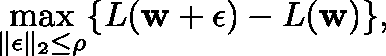
\operatorname* { m a x } _ { \| \mathbf { \epsilon } \| _ { 2 } \leq \rho } \{ L ( \mathbf { w } + \mathbf { \epsilon } ) - L ( \mathbf { w } ) \} ,